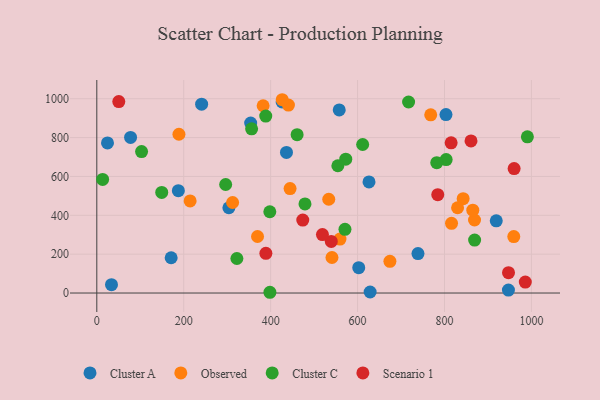
{"axis": {"x": "Experience", "y": "Sales"}, "legend": ["Cluster A", "Cluster C", "Observed", "Scenario 1"], "data": [{"x": "24.6", "y": 772.5, "type": "Cluster A"}, {"x": "628.9", "y": 5.4, "type": "Cluster A"}, {"x": "33.8", "y": 43.1, "type": "Cluster A"}, {"x": "602.7", "y": 130.5, "type": "Cluster A"}, {"x": "303.9", "y": 438.9, "type": "Cluster A"}, {"x": "557.8", "y": 942.3, "type": "Cluster A"}, {"x": "426.4", "y": 983.8, "type": "Cluster A"}, {"x": "436.4", "y": 723.9, "type": "Cluster A"}, {"x": "626.3", "y": 572.0, "type": "Cluster A"}, {"x": "171.1", "y": 181.6, "type": "Cluster A"}, {"x": "354.0", "y": 874.7, "type": "Cluster A"}, {"x": "241.2", "y": 971.8, "type": "Cluster A"}, {"x": "77.7", "y": 800.9, "type": "Cluster A"}, {"x": "919.1", "y": 371.6, "type": "Cluster A"}, {"x": "739.0", "y": 203.3, "type": "Cluster A"}, {"x": "803.4", "y": 918.3, "type": "Cluster A"}, {"x": "187.6", "y": 527.0, "type": "Cluster A"}, {"x": "947.1", "y": 15.0, "type": "Cluster A"}, {"x": "768.3", "y": 917.3, "type": "Observed"}, {"x": "312.5", "y": 465.9, "type": "Observed"}, {"x": "869.1", "y": 375.9, "type": "Observed"}, {"x": "559.5", "y": 277.8, "type": "Observed"}, {"x": "959.4", "y": 290.7, "type": "Observed"}, {"x": "189.0", "y": 817.3, "type": "Observed"}, {"x": "382.7", "y": 963.8, "type": "Observed"}, {"x": "865.1", "y": 426.7, "type": "Observed"}, {"x": "541.1", "y": 182.8, "type": "Observed"}, {"x": "533.7", "y": 482.6, "type": "Observed"}, {"x": "674.4", "y": 163.2, "type": "Observed"}, {"x": "369.8", "y": 291.0, "type": "Observed"}, {"x": "842.9", "y": 485.5, "type": "Observed"}, {"x": "214.7", "y": 474.2, "type": "Observed"}, {"x": "830.1", "y": 438.8, "type": "Observed"}, {"x": "440.9", "y": 967.3, "type": "Observed"}, {"x": "816.2", "y": 358.6, "type": "Observed"}, {"x": "444.7", "y": 537.8, "type": "Observed"}, {"x": "426.6", "y": 994.9, "type": "Observed"}, {"x": "990.7", "y": 804.1, "type": "Cluster C"}, {"x": "13.4", "y": 584.9, "type": "Cluster C"}, {"x": "479.0", "y": 458.4, "type": "Cluster C"}, {"x": "571.0", "y": 327.7, "type": "Cluster C"}, {"x": "398.3", "y": 3.9, "type": "Cluster C"}, {"x": "149.4", "y": 517.8, "type": "Cluster C"}, {"x": "572.8", "y": 688.8, "type": "Cluster C"}, {"x": "803.8", "y": 686.7, "type": "Cluster C"}, {"x": "869.3", "y": 272.4, "type": "Cluster C"}, {"x": "388.7", "y": 911.0, "type": "Cluster C"}, {"x": "356.2", "y": 844.9, "type": "Cluster C"}, {"x": "398.1", "y": 418.3, "type": "Cluster C"}, {"x": "296.5", "y": 558.7, "type": "Cluster C"}, {"x": "554.6", "y": 655.1, "type": "Cluster C"}, {"x": "322.3", "y": 177.8, "type": "Cluster C"}, {"x": "611.7", "y": 764.4, "type": "Cluster C"}, {"x": "717.4", "y": 983.2, "type": "Cluster C"}, {"x": "460.9", "y": 814.8, "type": "Cluster C"}, {"x": "782.2", "y": 670.9, "type": "Cluster C"}, {"x": "103.0", "y": 728.2, "type": "Cluster C"}, {"x": "861.0", "y": 783.0, "type": "Scenario 1"}, {"x": "389.0", "y": 204.4, "type": "Scenario 1"}, {"x": "815.3", "y": 773.2, "type": "Scenario 1"}, {"x": "947.3", "y": 104.8, "type": "Scenario 1"}, {"x": "784.5", "y": 506.4, "type": "Scenario 1"}, {"x": "50.6", "y": 985.4, "type": "Scenario 1"}, {"x": "473.9", "y": 375.4, "type": "Scenario 1"}, {"x": "960.2", "y": 640.6, "type": "Scenario 1"}, {"x": "539.5", "y": 265.5, "type": "Scenario 1"}, {"x": "519.2", "y": 300.9, "type": "Scenario 1"}, {"x": "985.9", "y": 56.4, "type": "Scenario 1"}]}